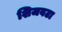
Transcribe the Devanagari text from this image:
शिजवटा